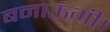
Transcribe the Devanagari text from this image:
बनाऊंगी।